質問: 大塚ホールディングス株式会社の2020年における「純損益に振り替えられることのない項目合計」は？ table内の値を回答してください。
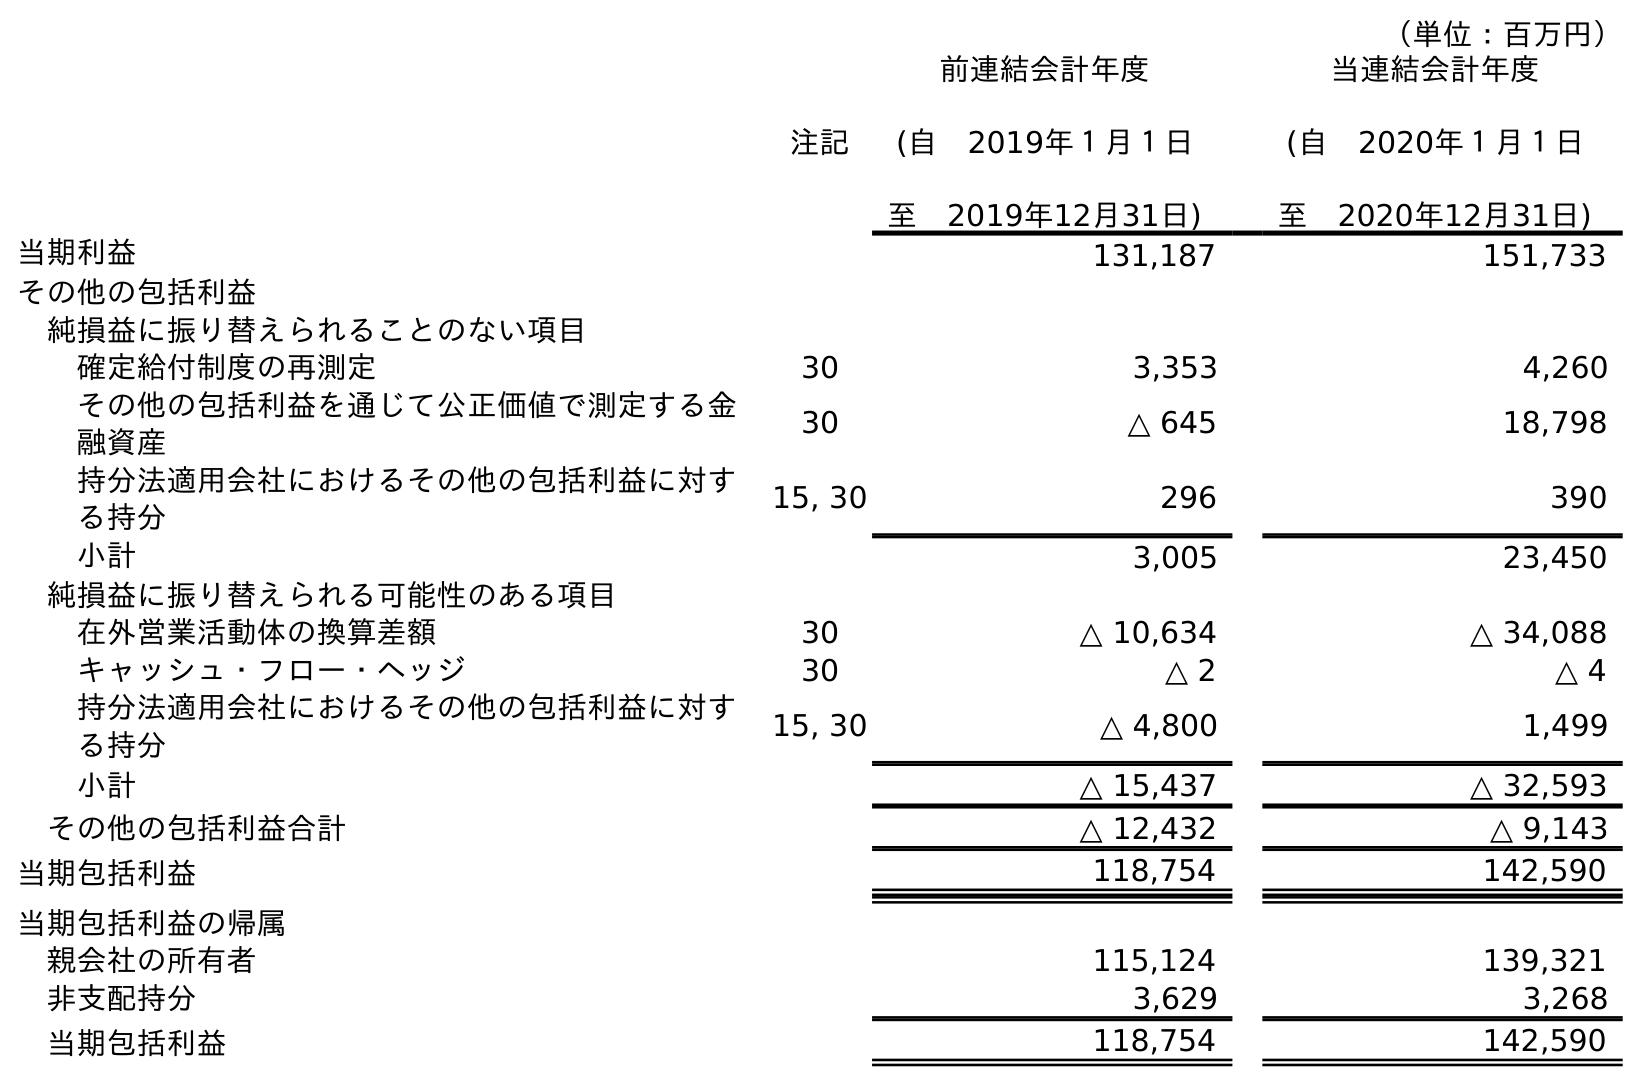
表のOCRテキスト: （単位：百万円） 注記 前連結会計年度 (自 2019年１月１日 至 2019年12月31日) 当連結会計年度 (自 2020年１月１日 至 2020年12月31日) 当期利益 131,187 151,733 その他の包括利益 純損益に振り替えられることのない項目 確定給付制度の再測定 30 3,353 4,260 その他の包括利益を通じて公正価値で測定する金 融資産 30 △ 645 18,798 持分法適用会社におけるその他の包括利益に対す る持分 15, 30 296 390 小計 3,005 23,450 純損益に振り替えられる可能性のある項目 在外営業活動体の換算差額 30 △ 10,634 △ 34,088 キャッシュ・フロー・ヘッジ 30 △ 2 △ 4 持分法適用会社におけるその他の包括利益に対す る持分 15, 30 △ 4,800 1,499 小計 △ 15,437 △ 32,593 その他の包括利益合計 △ 12,432 △ 9,143 当期包括利益 118,754 142,590 当期包括利益の帰属 親会社の所有者 115,124 139,321 非支配持分 3,629 3,268 当期包括利益 118,754 142,590
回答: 23,450